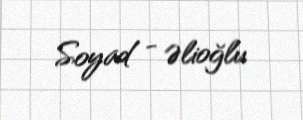
Soyad - Əlioğlu